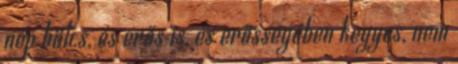
nép bölcs, és erős is, és erősségében kegyes, nem